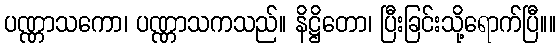
ပဏ္ဏာသကော၊ ပဏ္ဏာသကသည်။ နိဋ္ဌိတော၊ ပြီးခြင်းသို့ရောက်ပြီ။။